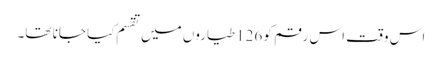
اس وقت اس رقم کو 126 طیاروں میں تقسم کیا جانا تھا۔